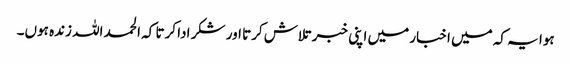
ہوا یہ کہ میں اخبار میں اپنی خبر تلاش کرتا اور شکر ادا کرتا کہ الحمد اللہ زندہ ہوں۔